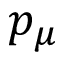
p _ { \mu }